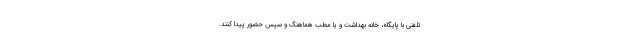
تلفنی با پایگاه، خانه بهداشت‌ و یا مطب هماهنگ و سپس حضور پیدا کنند.